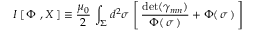
I \left[ \, \Phi \ , X \, \right] \equiv \frac { \mu _ { 0 } } { 2 } \, \int _ { \Sigma } d ^ { 2 } \sigma \, \left[ \, { \frac { \mathrm { d e t } ( \gamma _ { m n } ) } { \Phi ( \, \sigma \, ) } } + \Phi ( \, \sigma \, ) \, \right]